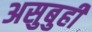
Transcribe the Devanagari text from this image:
असुबुही